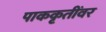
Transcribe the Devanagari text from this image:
पाककृतींवर